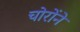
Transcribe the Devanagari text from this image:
चोरोंने